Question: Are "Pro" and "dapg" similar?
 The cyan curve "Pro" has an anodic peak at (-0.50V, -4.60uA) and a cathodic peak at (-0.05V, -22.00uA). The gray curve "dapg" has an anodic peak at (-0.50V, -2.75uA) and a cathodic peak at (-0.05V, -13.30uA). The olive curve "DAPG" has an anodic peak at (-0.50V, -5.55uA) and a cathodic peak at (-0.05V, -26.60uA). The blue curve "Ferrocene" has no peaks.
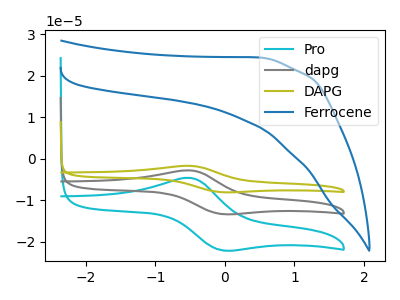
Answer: <think>All the peaks in "Pro" have a peak in "dapg" at the same potential.
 </think>
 <answer>"Pro" and "dapg" are similar in shape.</answer>
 <eval>same_shape</eval>